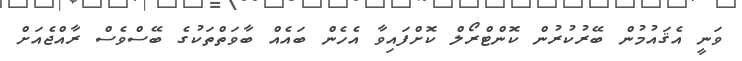
ވަނީ އެޤައުމުން ބޭރުކުރުން ކޮންޓްރޯލް ކޮށްފައިވާ އެހެން ބައެއް ބާވަތްތަކުގެ ބޭސްވެސް ރާއްޖެއަށް